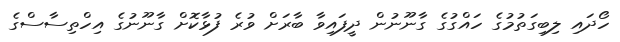
ހޯދައި ލިބިގަތުމުގެ ހައްގުގެ ގާނޫނުން ދީފައިވާ ބާރަށް ވުރެ ފުޅާކޮށް ގާނޫނުގެ އިހްތިސާސްގެ